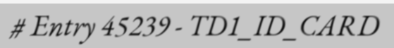
# Entry 45239 - TD1_ID_CARD